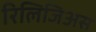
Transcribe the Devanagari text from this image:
रिलिजिअस